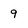
Character: 9